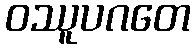
ဝဿူပဂတေ